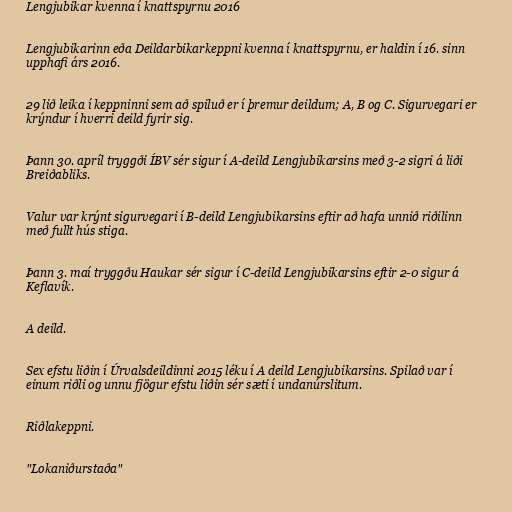
Lengjubikar kvenna í knattspyrnu 2016

Lengjubikarinn eða Deildarbikarkeppni kvenna í knattspyrnu, er haldin í 16. sinn
upphafi árs 2016.

29 lið leika í keppninni sem að spiluð er í þremur deildum; A, B og C. Sigurvegari er
krýndur í hverri deild fyrir sig.

Þann 30. apríl tryggði ÍBV sér sigur í A-deild Lengjubikarsins með 3-2 sigri á liði
Breiðabliks.

Valur var krýnt sigurvegari í B-deild Lengjubikarsins eftir að hafa unnið riðilinn
með fullt hús stiga.

Þann 3. maí tryggðu Haukar sér sigur í C-deild Lengjubikarsins eftir 2-0 sigur á
Keflavík.

A deild.

Sex efstu liðin í Úrvalsdeildinni 2015 léku í A deild Lengjubikarsins. Spilað var í
einum riðli og unnu fjögur efstu liðin sér sæti í undanúrslitum.

Riðlakeppni.

"Lokaniðurstaða"